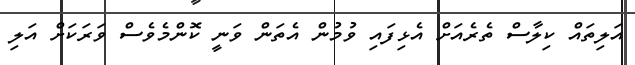
އަލިތައް ކިލާސް ތެރެއަށް އެޅިފައި ވުމުން އެތަން ވަނީ ކޮންމެވެސް ވަރަކަށް އަލި